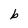
Character: b